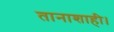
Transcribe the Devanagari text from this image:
तानाशाही।